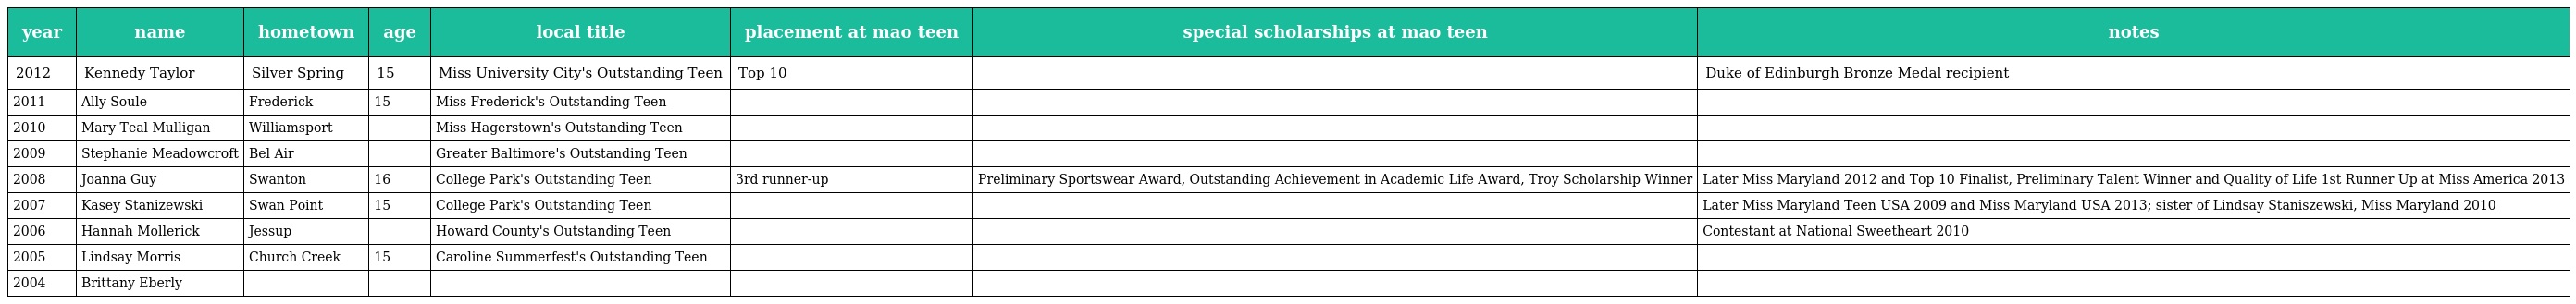
| year | name | hometown | age | local title | placement at mao teen | special scholarships at mao teen | notes |
 | --- | --- | --- | --- | --- | --- | --- | --- |
 | 2012 | Kennedy Taylor | Silver Spring | 15 | Miss University City's Outstanding Teen | Top 10 |  | Duke of Edinburgh Bronze Medal recipient |
 | 2011 | Ally Soule | Frederick | 15 | Miss Frederick's Outstanding Teen |  |  |  |
 | 2010 | Mary Teal Mulligan | Williamsport |  | Miss Hagerstown's Outstanding Teen |  |  |  |
 | 2009 | Stephanie Meadowcroft | Bel Air |  | Greater Baltimore's Outstanding Teen |  |  |  |
 | 2008 | Joanna Guy | Swanton | 16 | College Park's Outstanding Teen | 3rd runner-up | Preliminary Sportswear Award, Outstanding Achievement in Academic Life Award, Troy Scholarship Winner | Later Miss Maryland 2012 and Top 10 Finalist, Preliminary Talent Winner and Quality of Life 1st Runner Up at Miss America 2013 |
 | 2007 | Kasey Stanizewski | Swan Point | 15 | College Park's Outstanding Teen |  |  | Later Miss Maryland Teen USA 2009 and Miss Maryland USA 2013; sister of Lindsay Staniszewski, Miss Maryland 2010 |
 | 2006 | Hannah Mollerick | Jessup |  | Howard County's Outstanding Teen |  |  | Contestant at National Sweetheart 2010 |
 | 2005 | Lindsay Morris | Church Creek | 15 | Caroline Summerfest's Outstanding Teen |  |  |  |
 | 2004 | Brittany Eberly |  |  |  |  |  |  |